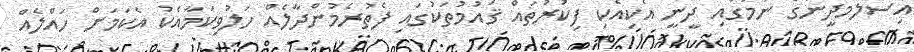
އިސްލާމްދީނުގެ ނަމުގައި ދީނީ އެކިއެކި ފިކުރުތައް ޤައުމުތަކުގައި ފެތުރެމުންދާލެއް ހަލުވިކަމާއެކު އެކަމަށް ހައްލެއް